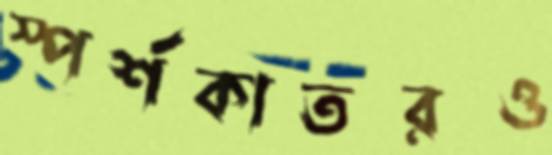
স্পর্শকাতরও